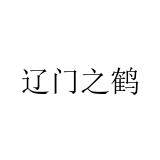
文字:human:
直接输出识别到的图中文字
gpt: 辽门之鹤